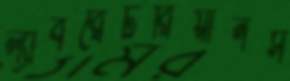
ল্যাবরেটরিয়ানস